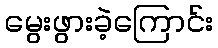
မွေးဖွားခဲ့ကြောင်း